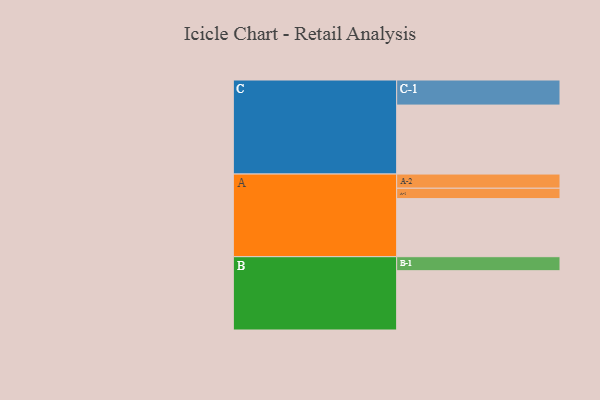
{"axis": {"x": "Segment", "y": "Value"}, "legend": ["", "A", "B", "C"], "data": [{"x": "A", "y": 336, "type": ""}, {"x": "B", "y": 343, "type": ""}, {"x": "C", "y": 399, "type": ""}, {"x": "A-1", "y": 60, "type": "A"}, {"x": "A-2", "y": 82, "type": "A"}, {"x": "B-1", "y": 81, "type": "B"}, {"x": "C-1", "y": 145, "type": "C"}]}